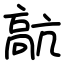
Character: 髚